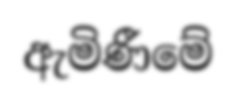
ඇමිණීමේ